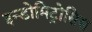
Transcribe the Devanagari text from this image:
इन्डोमिट्रोसिस